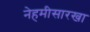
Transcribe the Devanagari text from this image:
नेहमीसारखा